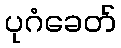
ပုဂံခေတ်